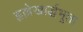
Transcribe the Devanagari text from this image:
हृल्लेखार्द्धभूता